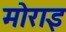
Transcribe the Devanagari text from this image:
मोराइ